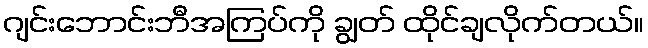
ဂျင်းဘောင်းဘီအကြပ်ကို ချွတ် ထိုင်ချလိုက်တယ်။